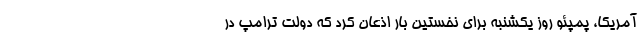
آمریکا، پمپئو روز یکشنبه برای نخستین بار اذعان کرد که دولت ترامپ در